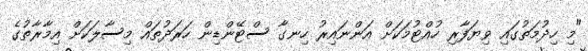
"މި ހިދުމަތުގައި ވިޔަފާރި ހުއްޓުމަކަށް އަންނައިރު ހިނގާ ސްޓޭންޑިން ހަރަދުތައް މިސާލަކަށް އިމާރާތުގެ